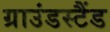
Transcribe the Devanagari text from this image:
ग्राउंडस्टैंड